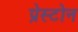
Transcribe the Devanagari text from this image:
प्रेस्टोन